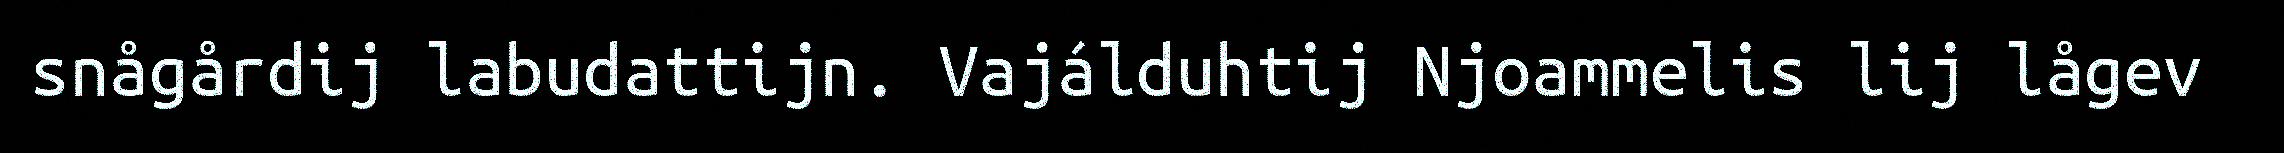
snågårdij labudattijn. Vajálduhtij Njoammelis lij lågev